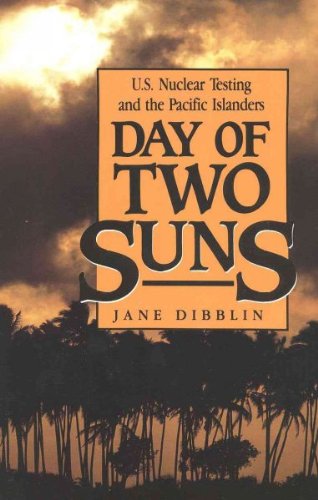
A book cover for Day of Two Suns: U.S. Nuclear Testing and the Pacific Islanders Day of Two Suns; Jane Dibblin; History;